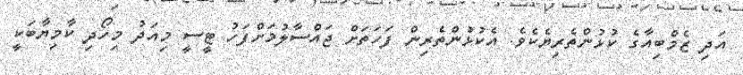
އަދި ޒެމްބިއާގެ ކުޅުންތެރިޔެކެވެ. އެކުޅުންތެރިން ފަހަތަށް ޖައްސާލުމަށްފަހު ޓީސީ މިއަދު މިހޯދި ކާމިޔާބަކީ